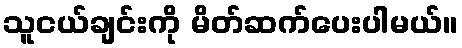
သူငယ်ချင်းကို မိတ်ဆက်ပေးပါမယ်။